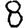
Digit: 8